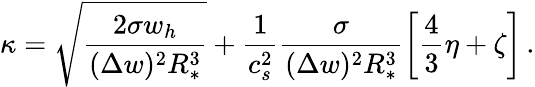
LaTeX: \kappa=\sqrt{\frac{2\sigma w_{h}}{(\Delta w)^{2}R_{*}^{3}}}+\frac{1}{c_{s}^{2}}\frac{\sigma}{(\Delta w)^{2}R_{*}^{3}}\left[\frac{4}{3}\eta+\zeta\right]\, .